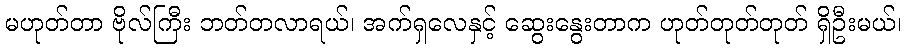
မဟုတ်တာ ဗိုလ်ကြီး ဘတ်တလာရယ်၊ အက်ရှလေနှင့် ဆွေးနွေးတာက ဟုတ်တုတ်တုတ် ရှိဦးမယ်၊